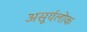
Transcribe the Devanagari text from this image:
असूर्यलोक